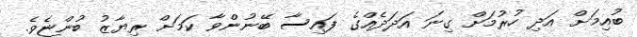
ބުއިމަށް އަދި ހުރުމަށް ގިނަ އަދަދެއްގެ ފައިސާ ބޭނުންވާ ކަމަށް ރިޔާޒު ބުންޏެވެ.